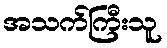
အသက်ကြီးသူ